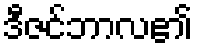
ဒီဇင်ဘာလ၏